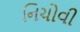
નિચોવી